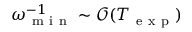
\omega _ { \mathrm { ~ m ~ i ~ n ~ } } ^ { - 1 } \sim \mathcal { O } ( T _ { \mathrm { ~ e ~ x ~ p ~ } } )